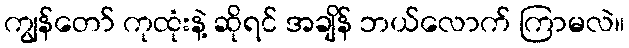
ကျွန်တော် ကုထုံးနဲ့ ဆိုရင် အချိန် ဘယ်လောက် ကြာမလဲ။